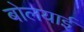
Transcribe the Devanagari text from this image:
बोलयाई